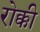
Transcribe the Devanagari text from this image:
रोक्की